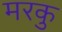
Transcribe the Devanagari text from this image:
मरकु